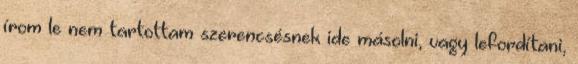
írom le nem tartottam szerencsésnek ide másolni, vagy lefordítani,